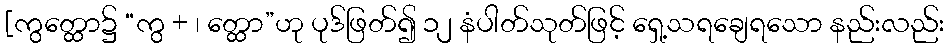
[ကွတ္ထော၌ “ကွ + ၊ တ္ထော”ဟု ပုဒ်ဖြတ်၍ ၁၂ နံပါတ်သုတ်ဖြင့် ရှေ့သရချေရသော နည်းလည်း